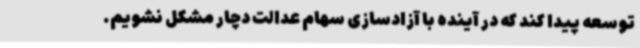
توسعه پیدا کند که در آینده با آزادسازی سهام عدالت دچار مشکل نشویم.